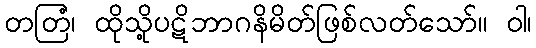
တတြံ၊ ထိုသို့ပဋိဘာဂနိမိတ်ဖြစ်လတ်သော်။ ဝါ၊